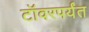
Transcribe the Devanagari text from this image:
टॉवरपर्यंत